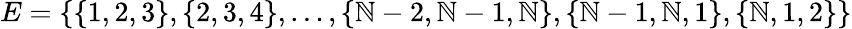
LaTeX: E=\{ \{ 1,2,3\} ,\{ 2,3,4\} ,\ldots,\{ \mathbb{N}-2,\mathbb{N}-1,\mathbb{N}\} ,\{ \mathbb{N}-1,\mathbb{N},1\} ,\{ \mathbb{N},1,2\} \}